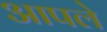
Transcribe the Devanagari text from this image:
अापले